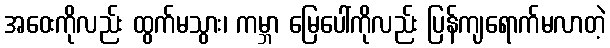
အဝေးကိုလည်း ထွက်မသွား၊ ကမ္ဘာ မြေပေါ်ကိုလည်း ပြန်ကျရောက်မလာတဲ့